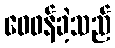
ဝေဖန်ခဲ့သည်